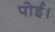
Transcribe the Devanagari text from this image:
पोई।